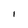
Character: 1